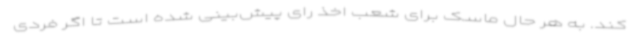
کند. به هر حال ماسک برای شعب اخذ رای پیش‌بینی شده است تا اگر فردی